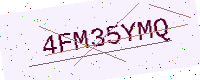
Text: 4FM35YMQ